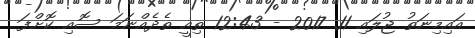
އައިމިނަތު ޖުލައި 11